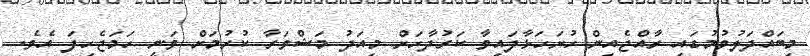
މިބައްދަލުވުމުގައި ރާއްޖެއިން ހުށަހަޅާފައިވާ ކަރުދާހަށް މިއަދު މަޝްވަރާ ކުރުމަށް ވަނީ ހަމަޖެހިފަ އެވެ.